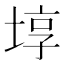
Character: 埻